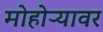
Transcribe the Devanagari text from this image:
मोहोऱ्यावर